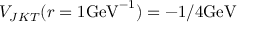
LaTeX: V _ { J K T } ( r = 1 \mathrm { G e V } ^ { - 1 } ) = - 1 / 4 \mathrm { G e V }